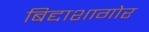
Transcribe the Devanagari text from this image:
बिद्दाशागोर